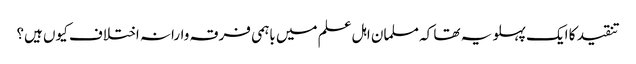
تنقید کا ایک پہلو یہ تھا کہ مسلمان اہل علم میں باہمی فرقہ وارانہ اختلاف کیوں ہیں؟